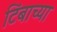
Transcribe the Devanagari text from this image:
टिंबाच्या